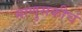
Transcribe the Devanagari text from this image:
माणुसकीचं